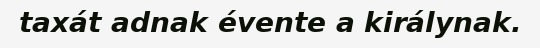
taxát adnak évente a királynak.